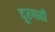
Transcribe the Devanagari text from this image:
दूरगाती